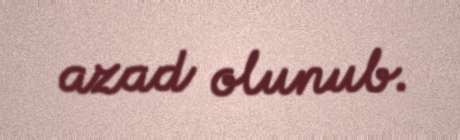
azad olunub.